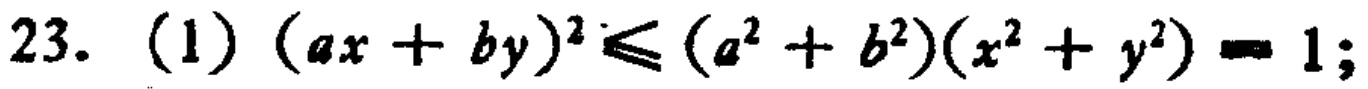
23. (1) \((ax + by)^2\leqslant (a^2 + b^2)(x^2 + y^2)=1;\)